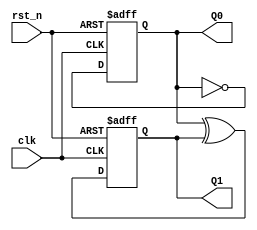
// Copyright (C) 2020  Intel Corporation. All rights reserved.
// Your use of Intel Corporation's design tools, logic functions 
// and other software and tools, and any partner logic 
// functions, and any output files from any of the foregoing 
// (including device programming or simulation files), and any 
// associated documentation or information are expressly subject 
// to the terms and conditions of the Intel Program License 
// Subscription Agreement, the Intel Quartus Prime License Agreement,
// the Intel FPGA IP License Agreement, or other applicable license
// agreement, including, without limitation, that your use is for
// the sole purpose of programming logic devices manufactured by
// Intel and sold by Intel or its authorized distributors.  Please
// refer to the applicable agreement for further details, at
// https://fpgasoftware.intel.com/eula.

// PROGRAM		"Quartus Prime"
// VERSION		"Version 20.1.1 Build 720 11/11/2020 SJ Lite Edition"
// CREATED		"Wed Dec 22 15:24:13 2021"

module count_4(
	clk,
	rst_n,
	Q0,
	Q1
);


input wire	clk;
input wire	rst_n;
output wire	Q0;
output wire	Q1;

reg	[0:0] result;
wire	SYNTHESIZED_WIRE_0;
wire	SYNTHESIZED_WIRE_1;
reg	DFF_inst;

assign	Q1 = DFF_inst;




always@(posedge clk or negedge rst_n)
begin
if (!rst_n)
	begin
	DFF_inst <= 0;
	end
else
	begin
	DFF_inst <= SYNTHESIZED_WIRE_0;
	end
end


always@(posedge clk or negedge rst_n)
begin
if (!rst_n)
	begin
	result[0] <= 0;
	end
else
	begin
	result[0] <= SYNTHESIZED_WIRE_1;
	end
end

assign	SYNTHESIZED_WIRE_1 =  ~result;

assign	SYNTHESIZED_WIRE_0 = result ^ DFF_inst;

assign	Q0 = result;

endmodule